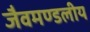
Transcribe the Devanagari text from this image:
जैवमण्डलीय